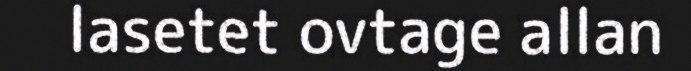
lasetet ovtage allan